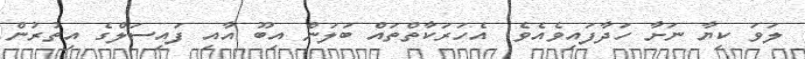
ލަވަ ކިޔާ ނަށާ ހަދާފައިވެއެވެ. އެހަރަކާތްތައް ބަލަން އިބޫ އާއި ފައިސަލްގެ އިތުރުން